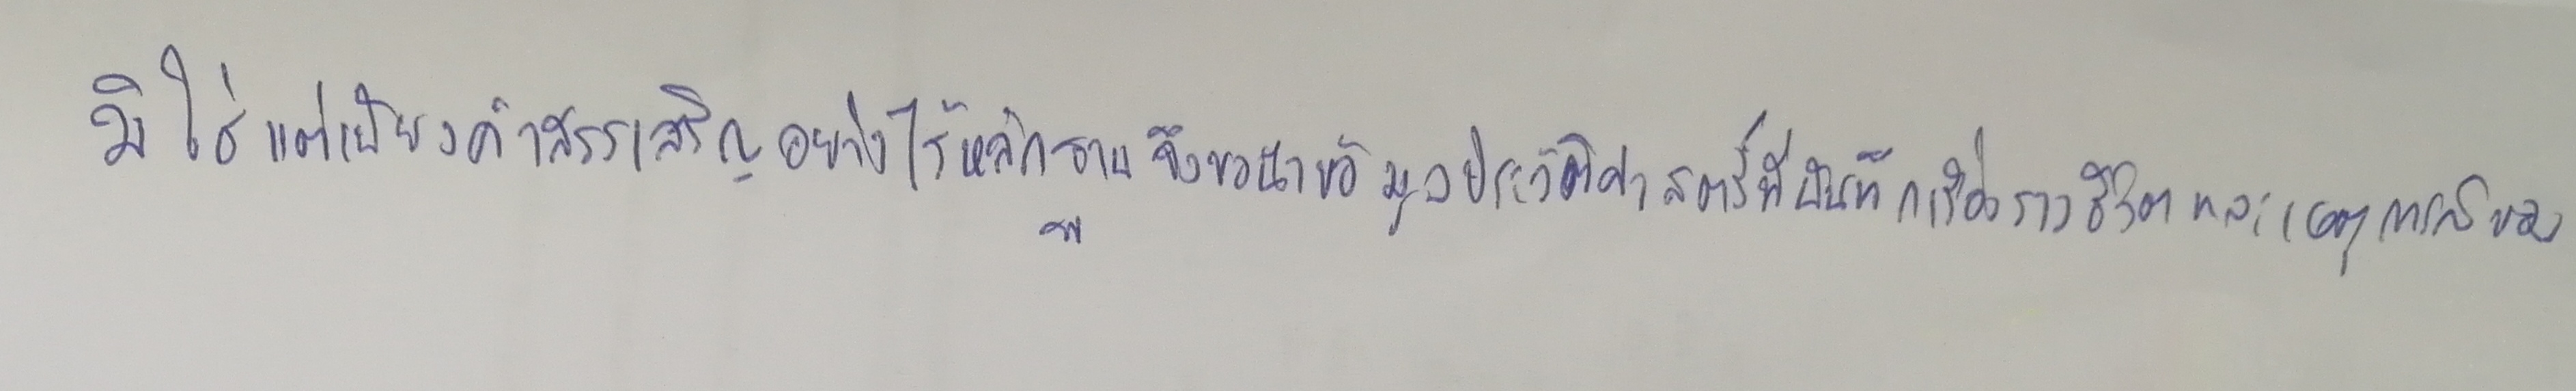
มิใช่เป็นแต่เพียงคำสรรเสริญอย่างไร้หลักฐานจึงขอนำข้อมูลประวัติศาสตร์ที่บันทึกเรื่องราวชีวิตและเหตุการณ์ของ